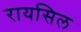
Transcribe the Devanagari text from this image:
रायसिल